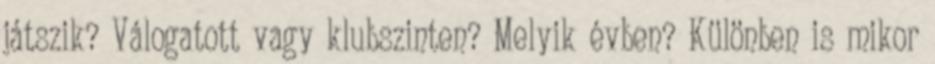
játszik? Válogatott vagy klubszinten? Melyik évben? Különben is mikor